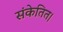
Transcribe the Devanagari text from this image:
संकेतित।